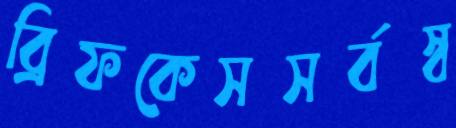
ব্রিফকেসসর্বস্ব